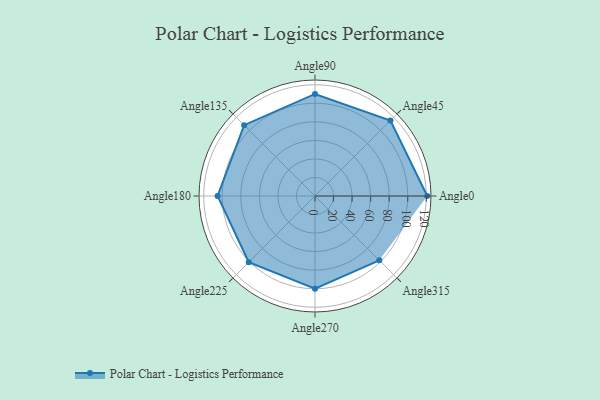
{"axis": {"x": "Angle", "y": "Radius"}, "legend": [""], "data": [{"x": "Angle0", "y": 121.0, "type": ""}, {"x": "Angle45", "y": 115.0, "type": ""}, {"x": "Angle90", "y": 110.0, "type": ""}, {"x": "Angle135", "y": 108.0, "type": ""}, {"x": "Angle180", "y": 105.0, "type": ""}, {"x": "Angle225", "y": 101.0, "type": ""}, {"x": "Angle270", "y": 100.0, "type": ""}, {"x": "Angle315", "y": 98.0, "type": ""}]}